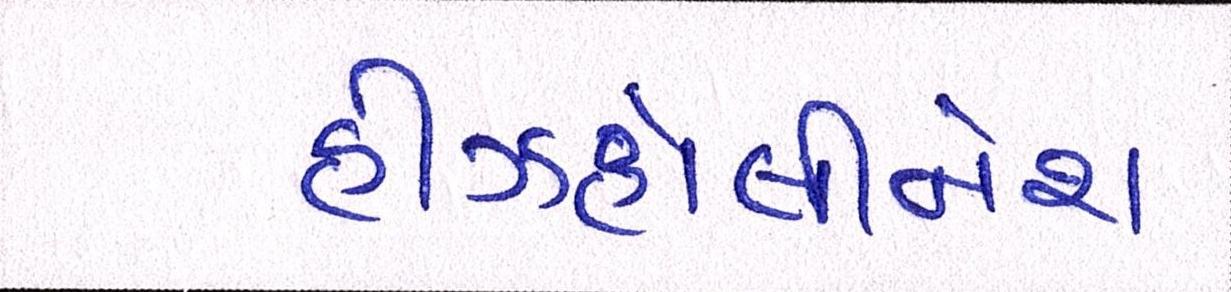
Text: હીઝહોલીનેશ